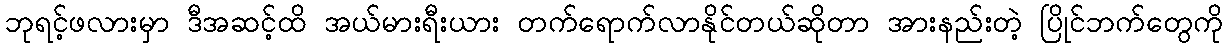
ဘုရင့်ဖလားမှာ ဒီအဆင့်ထိ အယ်မားရီးယား တက်ရောက်လာနိုင်တယ်ဆိုတာ အားနည်းတဲ့ ပြိုင်ဘက်တွေကို